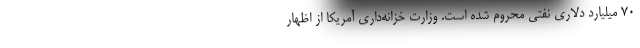
70 میلیارد دلاری نفتی محروم شده است. وزارت خزانه‌داری آمریکا از اظهار